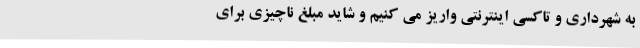
به شهرداری و تاکسی اینترنتی واریز می کنیم و شاید مبلغ ناچیزی برای